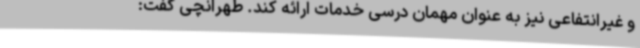
و غیرانتفاعی نیز به عنوان مهمان درسی خدمات ارائه کند. طهرانچی گفت: